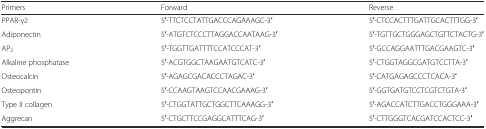
| Primers | Forward | Reverse |
 | --- | --- | --- |
 | PPAR-γ2 | 5′-TTCTCCTATTGACCCAGAAAGC-3′ | 5′-CTCCACTTTGATTGCACTTTGG-3′ |
 | Adiponectin | 5′-ATGTCTCCCTTAGGACCAATAAG-3′ | 5′-TGTTGCTGGGAGCTGTTCTACTG-3′ |
 | AP2 | 5′-TGGTTGATTTTCCATCCCAT-3′ | 5′-GCCAGGAATTTGACGAAGTC-3′ |
 | Alkaline phosphatase | 5′-ACGTGGCTAAGAATGTCATC-3′ | 5′-CTGGTAGGCGATGTCCTTA-3′ |
 | Osteocalcin | 5′-AGAGCGACACCCTAGAC-3′ | 5′-CATGAGAGCCCTCACA-3′ |
 | Osteopontin | 5′-CCAAGTAAGTCCAACGAAAG-3′ | 5′-GGTGATGTCCTCGTCTGTA-3′ |
 | Type II collagen | 5′-CTGGTATTGCTGGCTTCAAAGG-3′ | 5′-AGACCATCTTGACCTGGGAAA-3′ |
 | Aggrecan | 5′-CTGCTTCCGAGGCATTTCAG-3′ | 5′-CTTGGGTCACGATCCACTCC-3′ |